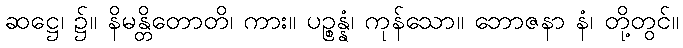
ဆဋ္ဌေ၊ ၌။ နိမန္တိတောတိ၊ ကား။ ပဉ္စန္နံ၊ ကုန်သော။ ဘောဇနာ နံ၊ တို့တွင်။